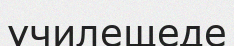
училещеде